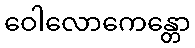
ဝေါလောကေန္တော